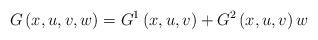
LaTeX: \begin{align*}G\left( x,u,v,w\right) =G^{1}\left( x,u,v\right) +G^{2}\left(x,u,v\right) w \end{align*}